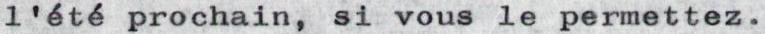
l'été prochain, si vous le permettez.